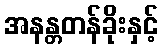
အနန္တတန်ခိုးနှင့်